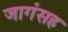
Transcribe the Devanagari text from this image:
जागंसह